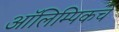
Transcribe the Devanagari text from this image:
आॅलिम्पिकचे